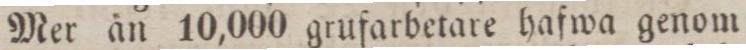
Mer än 10,000 grufarbetare hafwa genom